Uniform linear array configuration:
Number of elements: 8
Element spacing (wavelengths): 0.75
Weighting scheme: hann
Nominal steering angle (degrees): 15
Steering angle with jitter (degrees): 13.539
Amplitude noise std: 0.05
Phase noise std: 0.05

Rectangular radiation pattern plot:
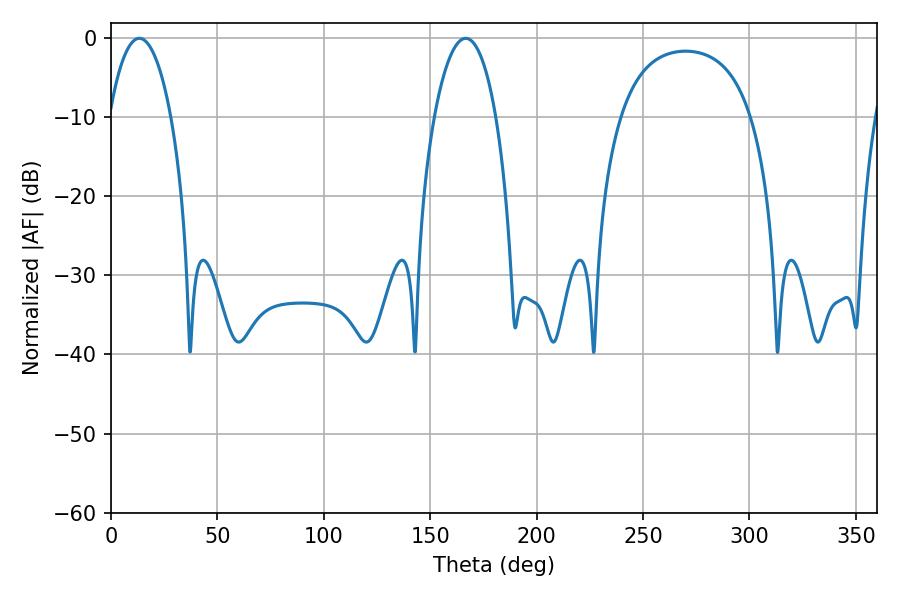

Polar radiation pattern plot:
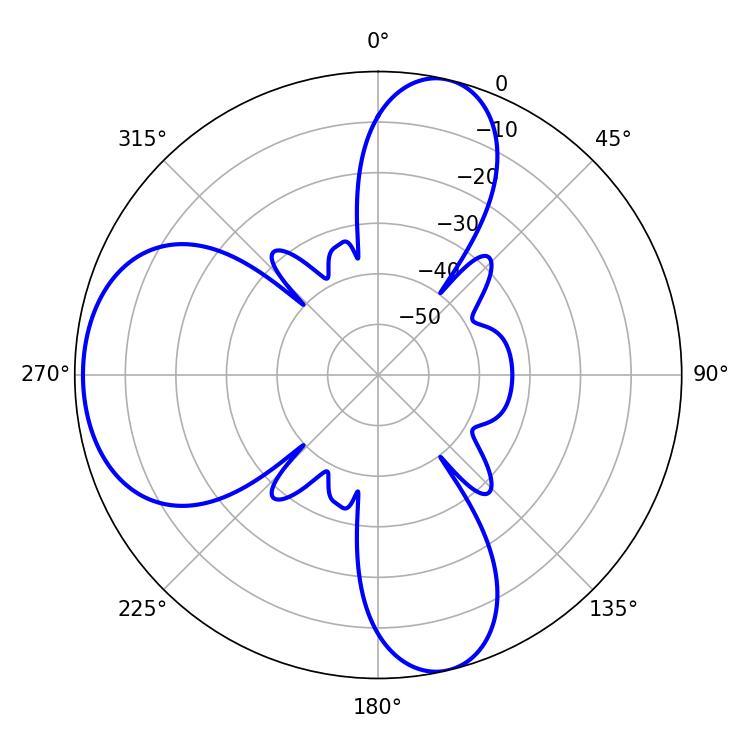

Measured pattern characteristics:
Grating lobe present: TRUE
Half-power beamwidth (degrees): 16.38
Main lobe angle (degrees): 13.32